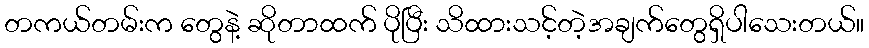
တကယ်တမ်းက တွေနဲ့ ဆိုတာထက် ပိုပြီး သိထားသင့်တဲ့အချက်တွေရှိပါသေးတယ်။